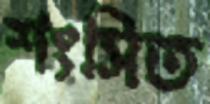
শংসিত